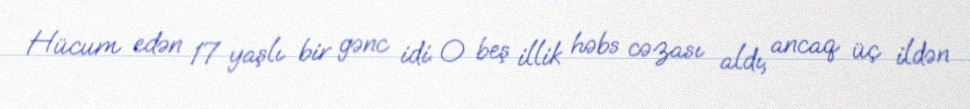
Hücum edən 17 yaşlı bir gənc idi. O beş illik həbs cəzası aldı, ancaq üç ildən